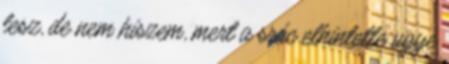
lesz, de nem hiszem, mert a srác elhintette ugye